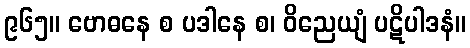
၉၆၅။ ဗောဓနေ စ ပဒါနေ စ၊ ဝိညေယျံ ပဋိပါဒနံ။